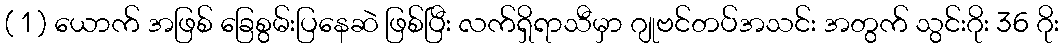
( 1 ) ယောက် အဖြစ် ခြေစွမ်းပြနေဆဲ ဖြစ်ပြီး လက်ရှိရာသီမှာ ဂျုဗင်တပ်အသင်း အတွက် သွင်းဂိုး 36 ဂိုး